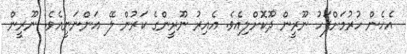
އެހެން ހުރުމަށްފަހު ނޫރީން ދޫކޮށްލިއެވެ. އެއިރު ނޫރީންގެ ކަރުން ލޭ އަންނަނީއެވެ. ނޫރީން